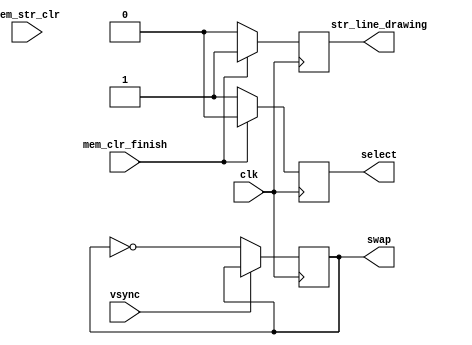
module sys_controler (clk,vsync, mem_clr_finish, mem_str_clr, swap, str_line_drawing, select);
input 	clk, vsync, mem_clr_finish,mem_str_clr ;
output  swap, str_line_drawing, select ;

reg  swap = 0;
reg  str_line_drawing = 1;
reg  select = 0;
  
always @ (posedge clk)
begin 
 
if (vsync==0)
	begin
	swap <= ~ swap;
	end
else 
	begin
	swap <= (swap);
	end
	
if(mem_str_clr)
	begin
		 if(mem_clr_finish)
			begin
			select<=0;
			str_line_drawing<=1;
			end
		else 
			begin
			select<=1;
			str_line_drawing<=0;
			end	
	end
else 
	begin
		 if(mem_clr_finish)		
			begin
			select<=0;
			str_line_drawing<=1;
			end
		else 
			begin
		    select<=1;
			str_line_drawing<=0;
			end	
	end	
			   
end
endmodule